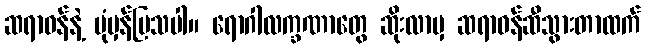
ဆရာဝန်နဲ့ ပုံမှန်ပြသပါ။ ရောဂါလက္ခဏာတွေ ဆိုးလာမှ ဆရာဝန်ဆီသွားတာထက်